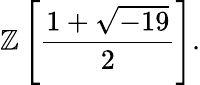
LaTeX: \mathbb{Z}\left[{\frac{1+{\sqrt{-19}}}{2}}\right].